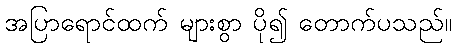
အပြာရောင်ထက် များစွာ ပို၍ တောက်ပသည်။